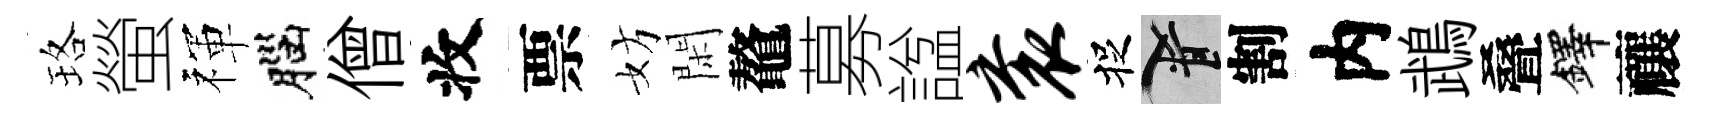
珞螢禈腦僧收票妨閑鼇募諡衮捉柳割内鵡叠鐸禳